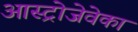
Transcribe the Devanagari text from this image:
आस्ट्रोजेवेका